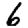
Digit: 6